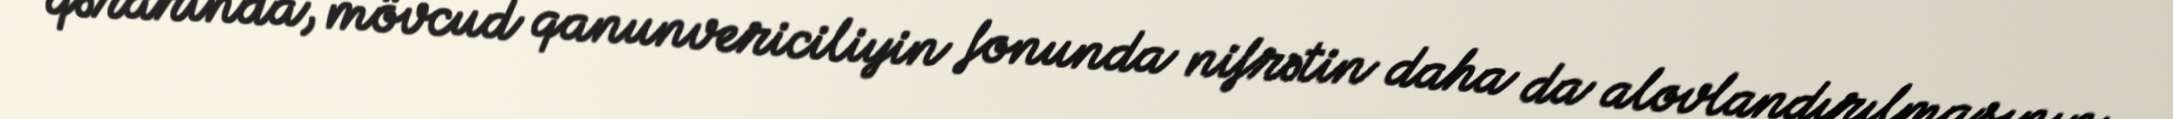
qərarında, mövcud qanunvericiliyin fonunda nifrətin daha da alovlandırılmasının